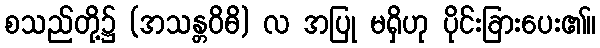
စသည်တို့၌ (အသန္တဝိဓိ) လ အပြု မရှိဟု ပိုင်းခြားပေး၏။